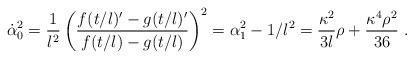
LaTeX: \begin{align*}\dot{\alpha}_0^2 = \frac{1}{l^2} \left( \frac{f(t/l)'-g(t/l)'}{f(t/l)-g(t/l)} \right)^2 = \alpha_1^2-1/l^2 =\frac{\kappa^2}{3 l}\rho+\frac{\kappa^4 \rho^2}{36} \ .\end{align*}